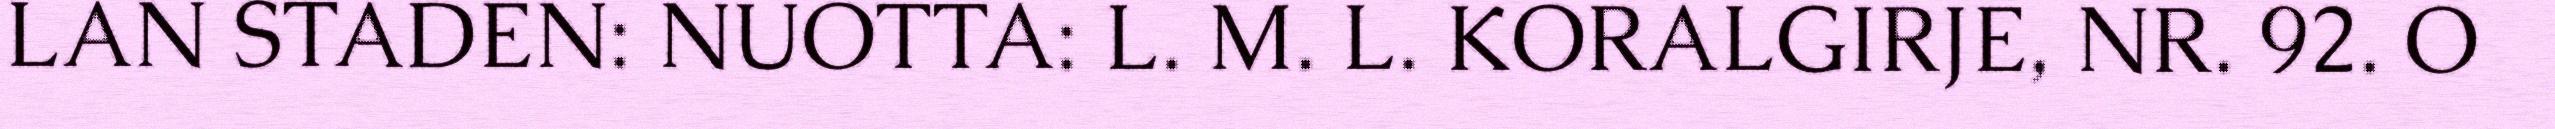
LAN STADEN: NUOTTA: L. M. L. KORALGIRJE, NR. 92. O